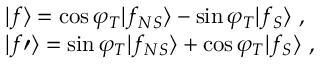
\begin{array} { l } { { | f \rangle = \cos \varphi _ { T } | f _ { N S } \rangle - \sin \varphi _ { T } | f _ { S } \rangle \ , } } \\ { { | f \prime \rangle = \sin \varphi _ { T } | f _ { N S } \rangle + \cos \varphi _ { T } | f _ { S } \rangle \ , } } \end{array}